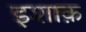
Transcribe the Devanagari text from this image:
इशाक़